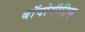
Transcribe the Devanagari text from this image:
बॉयोमीट्रिक्